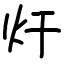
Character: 㶥